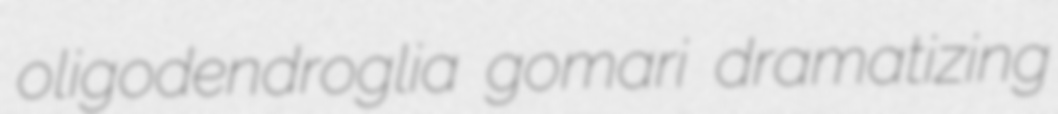
oligodendroglia gomari dramatizing